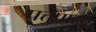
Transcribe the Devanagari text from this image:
पत्तुपाटटु